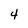
Character: 4